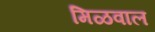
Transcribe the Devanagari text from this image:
मिळवाल